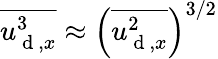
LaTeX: \overline{{{u_{\mathrm{~d~},x}^{3}}}}\approx\left(\overline{{{u_{\mathrm{~d~},x}^{2}}}}\right)^{3/2}